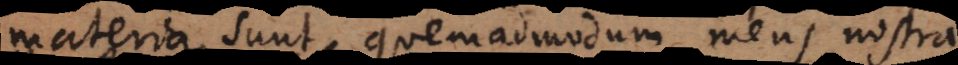
materia sunt, quemadmodum mens nostra